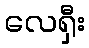
လေရှီး